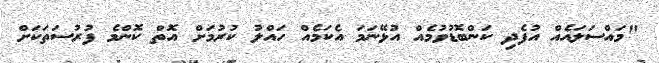
"މައްސަލައެއް އުފެދި ކަންބޮޑުވުމެއް އުޅޭނަމަ އެކަމެއް ހައްލު ކުރުމަށް އޮތް ކޮންމެ ފުރުސަތަކަށް